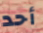
أحد